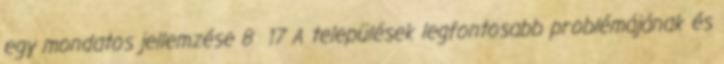
egy mondatos jellemzése 8 17 A települések legfontosabb problémájának és